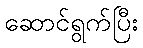
ဆောင်ရွက်ပြီး